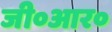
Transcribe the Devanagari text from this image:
जी०आर०